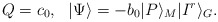
\begin{align*}Q=c_0,\ \ |\Psi\rangle=-b_0|P\rangle_M |I^r\rangle_G.\end{align*}